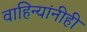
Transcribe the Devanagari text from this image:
वाहिन्यांनीही